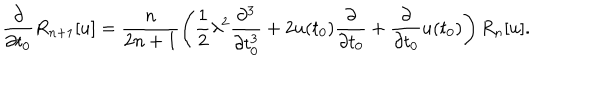
LaTeX: \frac { \partial } { \partial t _ { 0 } } R _ { n + 1 } [ u ] = \frac { n } { 2 n + 1 } \left( \frac { 1 } { 2 } \lambda ^ { 2 } \frac { \partial ^ { 3 } } { \partial t _ { 0 } ^ { 3 } } + 2 u ( t _ { 0 } ) \frac { \partial } { \partial t _ { 0 } } + \frac { \partial } { \partial t _ { 0 } } u ( t _ { 0 } ) \right) R _ { n } [ u ] .